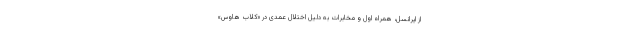
از ایرانسل، همراه اول و مخابرات به دلیل اختلال عمدی در «کلاب هاوس»